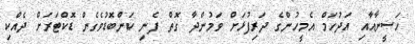
ހަސީނާއާއި އަދުހަމް އެމީހުންގެ ދަރިފުޅަށް ވަމުންދާ ގޮތް ފެނި ކަންބޮޑުވެގެން ޑޮކްޓަރަށް ދެއްކި